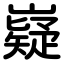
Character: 嶷